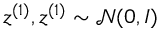
\boldsymbol { z } ^ { ( 1 ) } , \boldsymbol { z } ^ { ( 1 ) } \sim \mathcal { N } ( \boldsymbol { 0 } , \boldsymbol { I } )